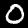
Label: 0